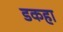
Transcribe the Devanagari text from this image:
डकहा